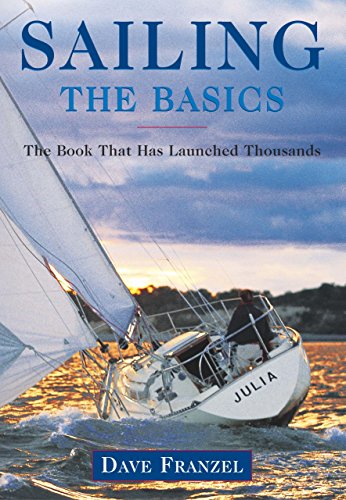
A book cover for Sailing: The Basics: The Book That Has Launched Thousands; Dave Franzel; Sports & Outdoors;